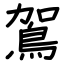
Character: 鴐